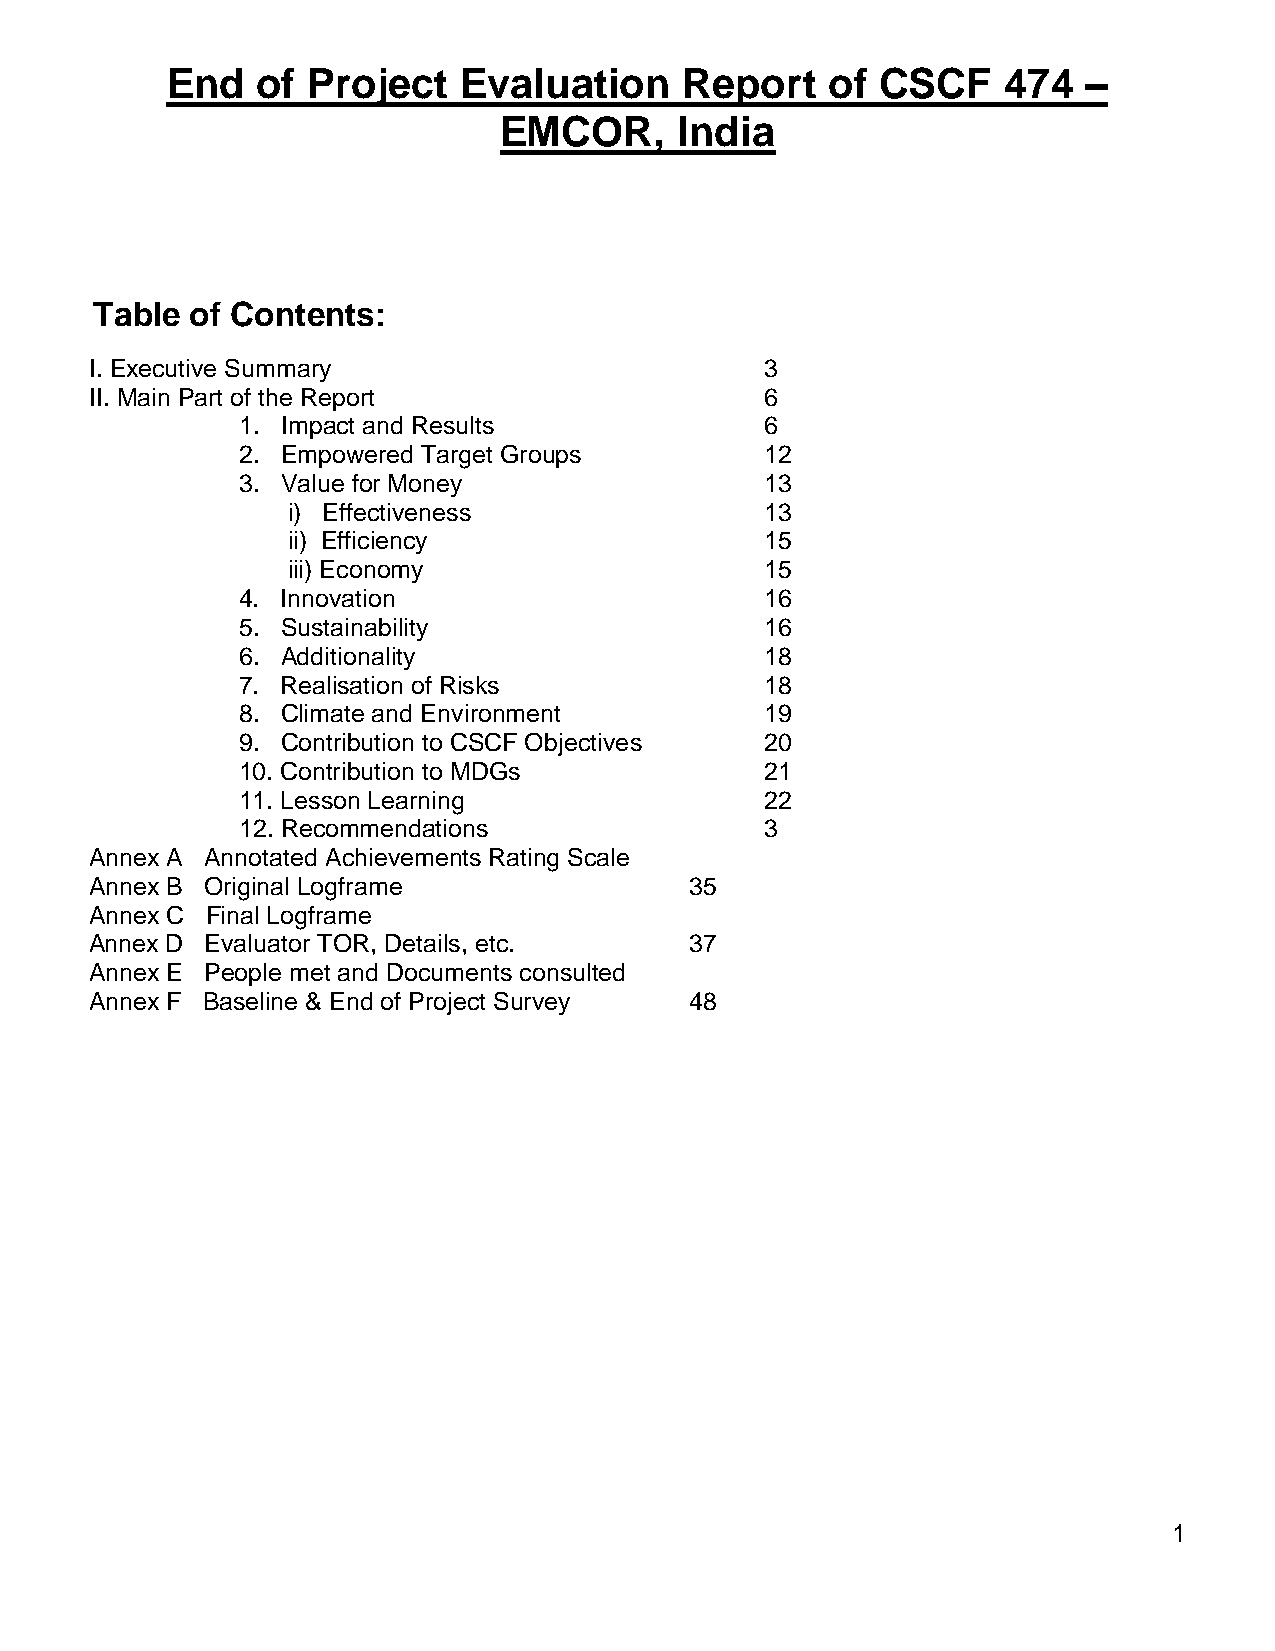
End   of Project   Evaluation     Report    of CSCF    474   –
 EMCOR,      India
 Table  of Contents:
 I. Executive Summary                         3
 II. Main Part of the Report                  6
 1. Impact and Results              6
 2. Empowered Target Groups         12
 3. Value for Money                 13
 i) Effectiveness                13
 ii) Efficiency                  15
 iii) Economy                    15
 4. Innovation                      16
 5. Sustainability                  16
 6. Additionality                   18
 7. Realisation of Risks            18
 8. Climate and Environment         19
 9. Contribution to CSCF Objectives 20
 10. Contribution to MDGs           21
 11. Lesson Learning                22
 12. Recommendations                3
 Annex A Annotated Achievements Rating Scale
 Annex B Original Logframe               35
 Annex C Final Logframe
 Annex D Evaluator TOR, Details, etc.    37
 Annex E People met and Documents consulted
 Annex F Baseline & End of Project Survey 48
 1